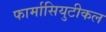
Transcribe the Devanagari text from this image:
फार्मासियुटीकल